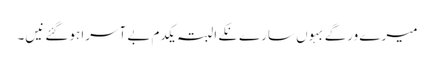
میرے ورگے بہوں سارے نِکے البتہ یکدم بے آسرا ہوگئے نیں۔